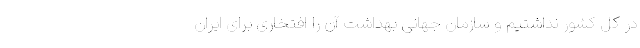
در کل کشور نداشتیم و سازمان جهانی بهداشت آن را افتخاری برای ایران